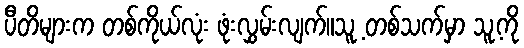
ပီတိများက တစ်ကိုယ်လုံး ဖုံးလွှမ်းလျက်။သူ့ တစ်သက်မှာ သူ့ကို